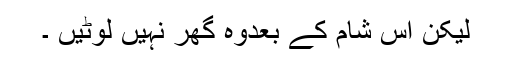
لیکن اُس شام کے بعدوہ گھر نہیں لوٹیں ۔